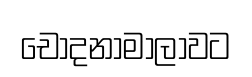
චෝදනාමාලාවට